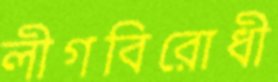
লীগবিরোধী